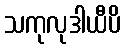
သကုလုဒါယီပိ